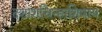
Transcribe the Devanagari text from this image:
दशांशचिन्हाशिवाय